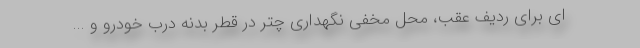
ای برای ردیف عقب، محل مخفی نگهداری چتر در قطر بدنه درب خودرو و ...